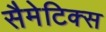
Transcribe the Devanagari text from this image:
सैमेटिक्स